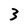
Character: 3